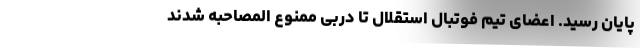
پایان رسید. اعضای تیم فوتبال استقلال تا دربی ممنوع المصاحبه شدند